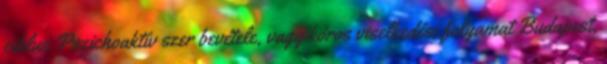
ciklus Pszichoaktív szer bevétele, vagy kóros viselkedési folyamat Budapest,